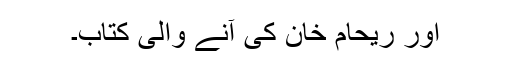
اور ریحام خان کی آنے والی کتاب۔